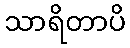
သာရိတာပိ